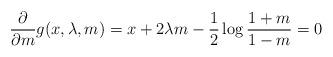
LaTeX: \begin{align*}\frac{\partial}{\partial m}g(x,\lambda,m)&=x+2\lambda m-\frac{1}{2}\log \frac{1+m}{1-m}=0\end{align*}